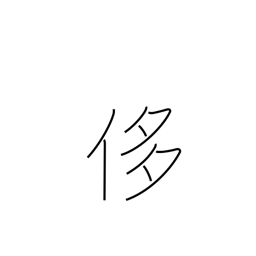
Meaning: pride